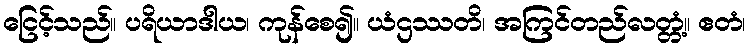
ငြေင့်သည်။ ပရိယာဒါယ၊ ကုန်စေ၍။ ယံဌဿတိ၊ အကြင်တည်လတ္တံ့။ ဧတံ၊